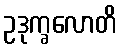
ဥဒုက္ခလောတိ